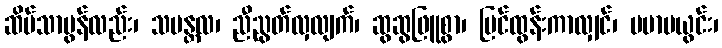
ဆိပ်သာမွန်လည်း၊ သမန္တလ၊ ညီညွတ်လှလျက်၊ ဆွဆွဖြူစွာ၊ ပြင်ထွန်းကာလျှင်၊ ပမာမယွင်း၊